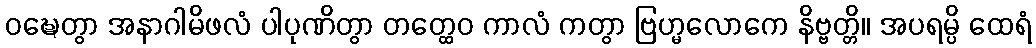
ဝဍ္ဎေတွာ အနာဂါမိဖလံ ပါပုဏိတွာ တတ္ထေဝ ကာလံ ကတွာ ဗြဟ္မလောကေ နိဗ္ဗတ္တိ။ အပရမ္ပိ ထေရံ